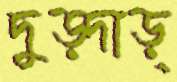
দুড়্‌দাড়্‌